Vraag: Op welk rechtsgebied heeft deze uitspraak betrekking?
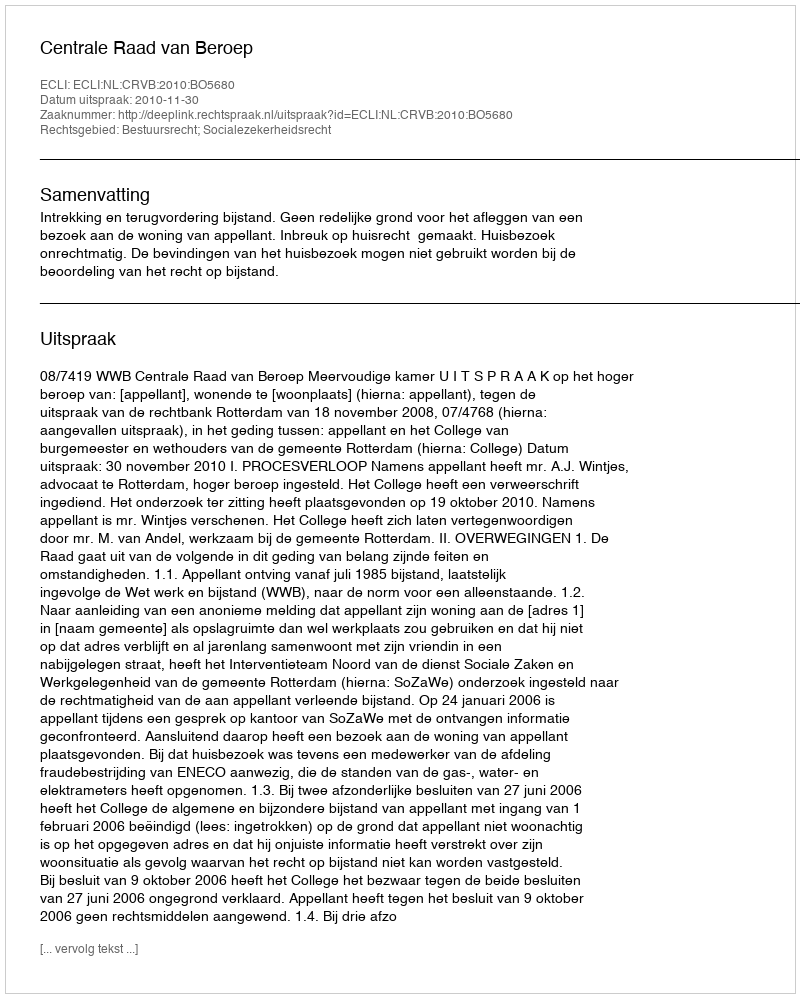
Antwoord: Bestuursrecht; Socialezekerheidsrecht